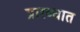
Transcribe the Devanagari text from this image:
प्रारब्धात